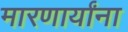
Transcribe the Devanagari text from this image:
मारणार्यांना